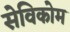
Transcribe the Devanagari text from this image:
सेविकोम